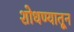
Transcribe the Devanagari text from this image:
शोधण्यातून